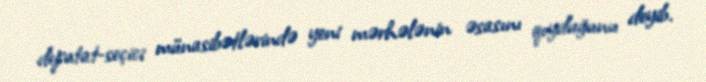
deputat-seçici münasibətlərində yeni mərhələnin əsasını qoyduğunu deyib.